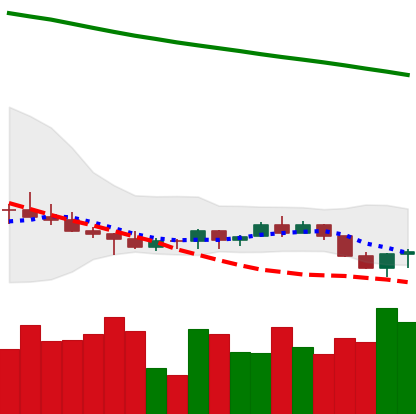
Ticker: ADA-USD
Chart end date: 2022-07-14
Forward return: 16.948%
Label: up_7plus